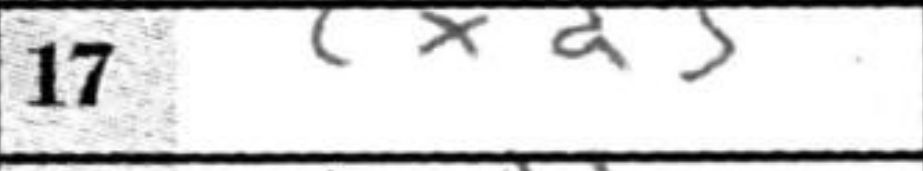
Transcription: cxd5